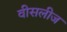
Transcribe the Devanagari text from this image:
वीसलीज